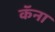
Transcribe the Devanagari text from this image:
कॅना